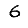
Digit: 6